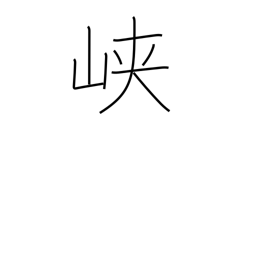
Meaning: ravine